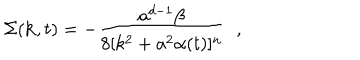
\Sigma ( { \bf k } , t ) = - \frac { a ^ { d - 1 } \beta } { 8 [ k ^ { 2 } + a ^ { 2 } \alpha ( t ) ] ^ { n } } \; \; ,